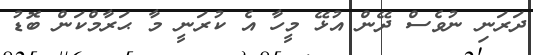
ދަރަނި ނުވެސް ދޭން އުޅޭ މީހާ އެ ކުރަނީ މާ ޙަރާމްކަން ބޮޑު